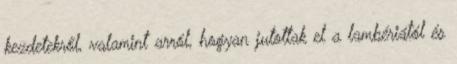
kezdetekről, valamint arról, hogyan jutottak el a lambériától és